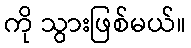
ကို သွားဖြစ်မယ်။